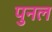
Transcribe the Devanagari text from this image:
पुनल